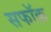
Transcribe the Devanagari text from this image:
सफॉक